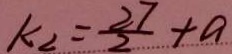
k _ { 2 } = \frac { 2 7 } { 2 } + a